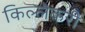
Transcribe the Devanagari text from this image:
किल्लेकरी